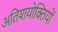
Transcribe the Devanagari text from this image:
अतिशयोक्तियों